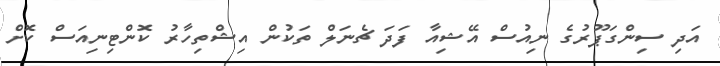
އަދި ސިންގަޕޫރުގެ ނިއުސް އޭޝިއާ ފަދަ ޗެނަލް ތަކުން އިޝްތިހާރު ކޮންޓިނިއަސް ކޮށް